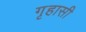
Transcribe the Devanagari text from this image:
गृहासी